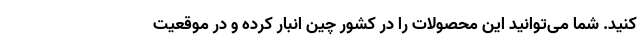
کنید. شما می‌توانید این محصولات را در کشور چین انبار کرده و در موقعیت